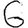
Digit: 6